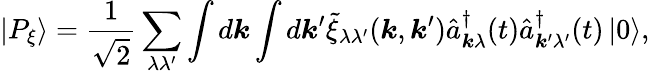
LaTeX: \left|P_{\xi}\right\rangle=\frac{1}{\sqrt{2}}\sum_{\lambda\lambda^{\prime}}\int d\boldsymbol{k}\int d\boldsymbol{k}^{\prime}\tilde{\xi}_{\lambda\lambda^{\prime}}(\boldsymbol{k},\boldsymbol{k}^{\prime})\hat{a}_{\boldsymbol{k}\lambda}^{\dagger}(t)\hat{a}_{\boldsymbol{k}^{\prime}\lambda^{\prime}}^{\dagger}(t)\left|0\right\rangle,